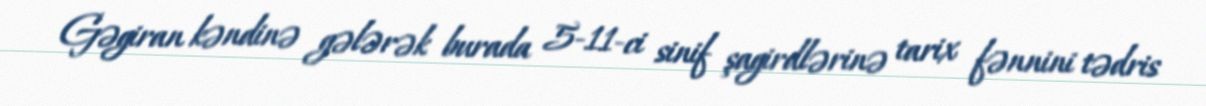
Gəgiran kəndinə gələrək burada 5-11-ci sinif şagirdlərinə tarix fənnini tədris